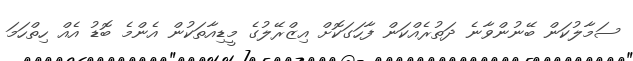
ސަމާލުކަން ބޭނުންވާނެ ދަތުރެއްކަން ފާހަގަކޮށް އިޒްރޭލުގެ މީޑިއާތަކުން އެންމެ ބޮޑު އެއް ހިތްހަމަ